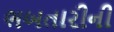
ભબતારીની